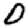
Digit: 0